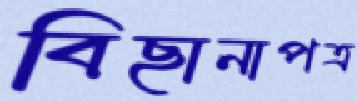
বিছানাপত্র